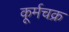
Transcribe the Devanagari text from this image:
कूर्मचक्र